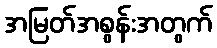
အမြတ်အစွန်းအတွက်